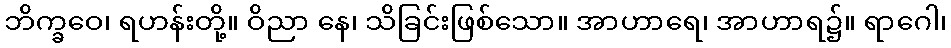
ဘိက္ခဝေ၊ ရဟန်းတို့။ ဝိညာ နေ၊ သိခြင်းဖြစ်သော။ အာဟာရေ၊ အာဟာရ၌။ ရာဂေါ၊